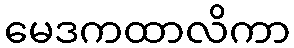
မေဒကထာလိကာ